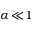
\alpha \! \ll \! 1